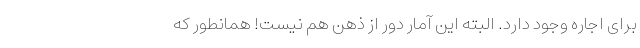
برای اجاره وجود دارد. البته این آمار دور از ذهن هم نیست! همانطور که